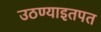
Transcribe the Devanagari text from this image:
उठण्याइतपत